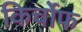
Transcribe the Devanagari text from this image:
किर्चोफ